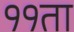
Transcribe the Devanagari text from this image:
११ता